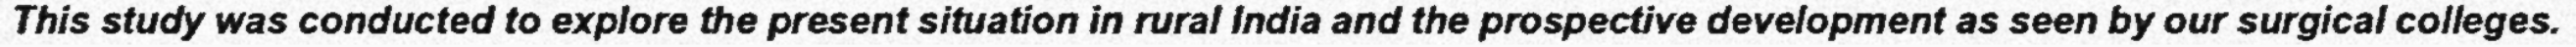
This study was conducted to explore the present situation in rural India and the prospective development as seen by our surgical colleges.